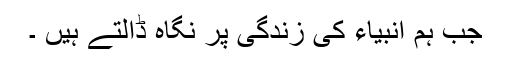
جب ہم انبیاء کی زندگی پر نگاہ ڈالتے ہیں ۔